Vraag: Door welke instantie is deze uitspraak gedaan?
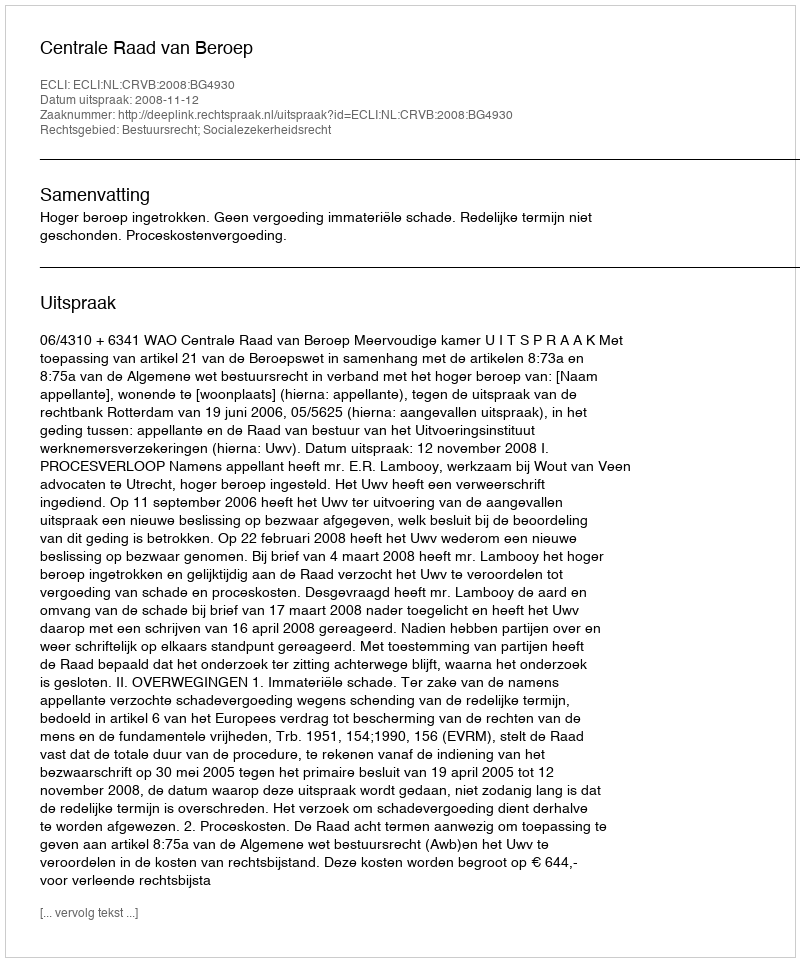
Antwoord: Centrale Raad van Beroep